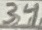
Text: 34